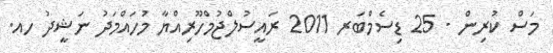
މަސް ކުރިން - 25 ޑިސެމްބަރ 2011 ރައީސުލްޖުމްހޫރިއްޔާ މުހައްމަދު ނަޝީދު ހއ.